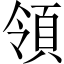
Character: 領